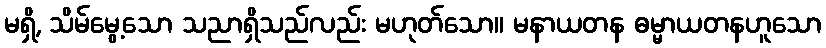
မရှိ, သိမ်မွေ့သော သညာရှိသည်လည်း မဟုတ်သော။ မနာယတန ဓမ္မာယတနဟူသော